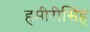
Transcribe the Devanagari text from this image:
हमीरीसिंह